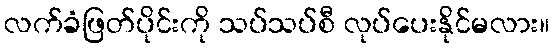
လက်ခံဖြတ်ပိုင်းကို သပ်သပ်စီ လုပ်ပေးနိုင်မလား။